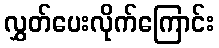
လွှတ်ပေးလိုက်ကြောင်း